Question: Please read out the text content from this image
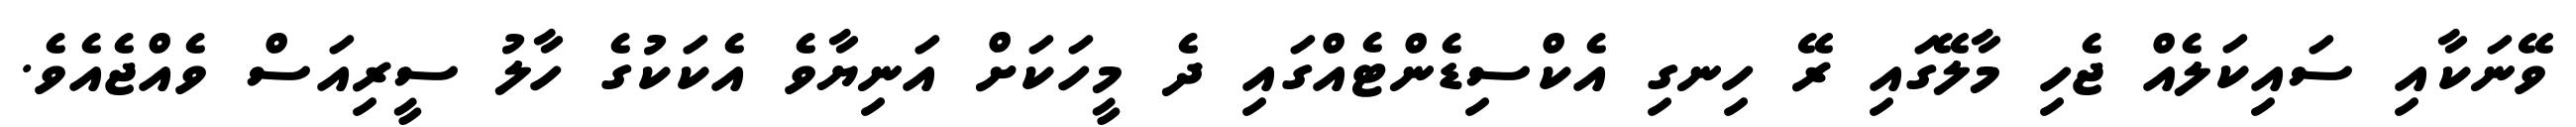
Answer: ވޭނަކާއި ސައިކަލެއް ޖެހި މާލޭގައި ރޭ ހިނގި އެކްސިޑެންޓެއްގައި ދެ މީހަކަށް އަނިޔާވެ އެކަކުގެ ހާލު ސީރިއަސް ވެއްޖެއެވެ.